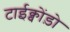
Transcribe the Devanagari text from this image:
टाईक्वोंड़ो